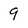
Character: 9